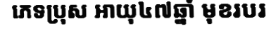
ភេទប្រុស អាយុ៤៧ឆ្នាំ មុខរបរ